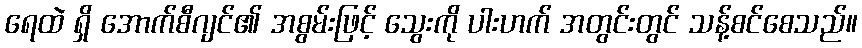
ရေထဲ ရှိ အောက်စီဂျင်၏ အစွမ်းဖြင့် သွေးကို ပါးဟက် အတွင်းတွင် သန့်စင်စေသည်။